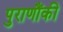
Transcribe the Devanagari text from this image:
पुराणौंकी